Indian journal of veterinary science and animal husbandry - Volume 9,
Year: 1939
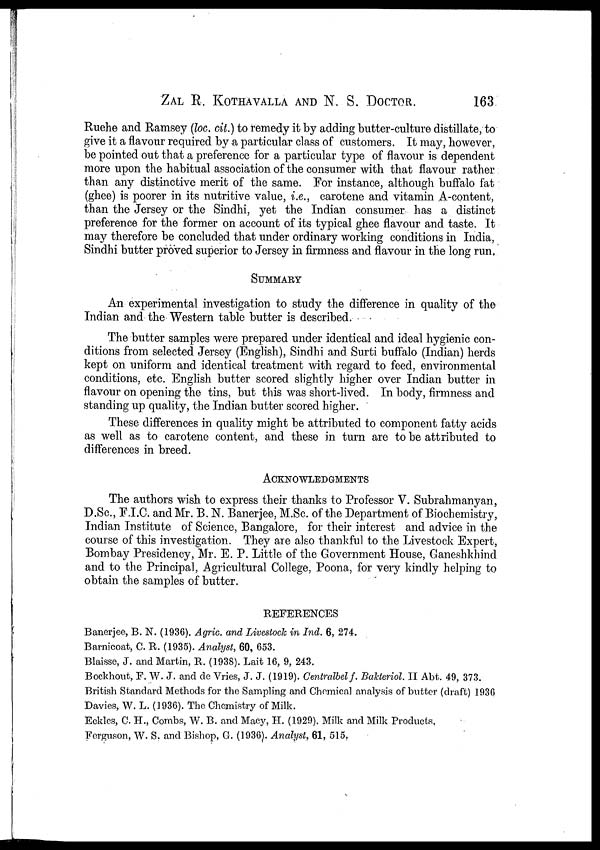
ZAL R. KOTHAVALLA AND N. S. DOCTOR. 163
Ruehe and Ramsey (loc. cit.) to remedy it by adding butter-culture distillate, to
give it a flavour required by a particular class of customers. It may, however,
be pointed out that a preference for a particular type of flavour is dependent
more upon the habitual association of the consumer with that flavour rather
than any distinctive merit of the same. For instance, although buffalo fat
(ghee) is poorer in its nutritive value, i.e., carotene and vitamin A-content,
than the Jersey or the Sindhi, yet the Indian consumer has a distinct
preference for the former on account of its typical ghee flavour and taste. It
may therefore be concluded that under ordinary working conditions in India,
Sindhi butter proved superior to Jersey in firmness and flavour in the long run.
SUMMARY
An experimental investigation to study the difference in quality of the
Indian and the Western table butter is described.
The butter samples were prepared under identical and ideal hygienic con-
ditions from selected Jersey (English), Sindhi and Surti buffalo (Indian) herds
kept on uniform and identical treatment with regard to feed, environmental
conditions, etc. English butter scored slightly higher over Indian butter in
flavour on opening the tins, but this was short-lived. In body, firmness and
standing up quality, the Indian butter scored higher.
These differences in quality might be attributed to component fatty acids
as well as to carotene content, and these in turn are to be attributed to
differences in breed.
ACKNOWLEDGMENTS
The authors wish to express their thanks to Professor V. Subrahmanyan,
D.Sc., F.I.C. and Mr. B. N. Banerjee, M.Sc. of the Department of Biochemistry,
Indian Institute of Science, Bangalore, for their interest and advice in the
course of this investigation. They are also thankful to the Livestock Expert,
Bombay Presidency, Mr. E. P. Little of the Government House, Ganeshkhind
and to the Principal, Agricultural College, Poona, for very kindly helping to
obtain the samples of butter.
REFERENCES
Banerjee, B. N. (1936). Agric. and Livestock in Ind. 6, 274.
Barnicoat, C. R. (1935). Analyst, 60, 653.
Blaisse, J. and Martin, R. (1938). Lait 16, 9, 243.
Bockhout, F. W. J. and de Vries, J. J. (1919). Centralbel f. Bakteriol. II Abt. 49, 373.
British Standard Methods for the Sampling and Chemical analysis of butter (draft) 1936
Davies, W. L. (1936). The Chemistry of Milk.
Eckles, C H., Combs, W. B. and Macy, H. (1929). Milk and Milk Products.
Ferguson, W. S. and Bishop, G. (1936). Analyst, 61, 515.